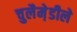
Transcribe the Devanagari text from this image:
चुलैमे़डीले